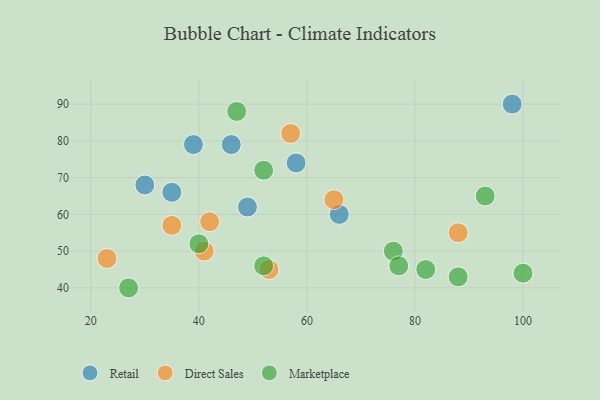
{"axis": {"x": "GDP", "y": "Life Expectancy"}, "legend": ["Direct Sales", "Marketplace", "Retail"], "data": [{"x": "49", "y": 62, "type": "Retail"}, {"x": "30", "y": 68, "type": "Retail"}, {"x": "46", "y": 79, "type": "Retail"}, {"x": "35", "y": 66, "type": "Retail"}, {"x": "66", "y": 60, "type": "Retail"}, {"x": "58", "y": 74, "type": "Retail"}, {"x": "39", "y": 79, "type": "Retail"}, {"x": "98", "y": 90, "type": "Retail"}, {"x": "53", "y": 45, "type": "Direct Sales"}, {"x": "42", "y": 58, "type": "Direct Sales"}, {"x": "23", "y": 48, "type": "Direct Sales"}, {"x": "41", "y": 50, "type": "Direct Sales"}, {"x": "88", "y": 55, "type": "Direct Sales"}, {"x": "57", "y": 82, "type": "Direct Sales"}, {"x": "65", "y": 64, "type": "Direct Sales"}, {"x": "35", "y": 57, "type": "Direct Sales"}, {"x": "82", "y": 45, "type": "Marketplace"}, {"x": "88", "y": 43, "type": "Marketplace"}, {"x": "40", "y": 52, "type": "Marketplace"}, {"x": "52", "y": 46, "type": "Marketplace"}, {"x": "93", "y": 65, "type": "Marketplace"}, {"x": "52", "y": 72, "type": "Marketplace"}, {"x": "100", "y": 44, "type": "Marketplace"}, {"x": "27", "y": 40, "type": "Marketplace"}, {"x": "47", "y": 88, "type": "Marketplace"}, {"x": "76", "y": 50, "type": "Marketplace"}, {"x": "77", "y": 46, "type": "Marketplace"}]}